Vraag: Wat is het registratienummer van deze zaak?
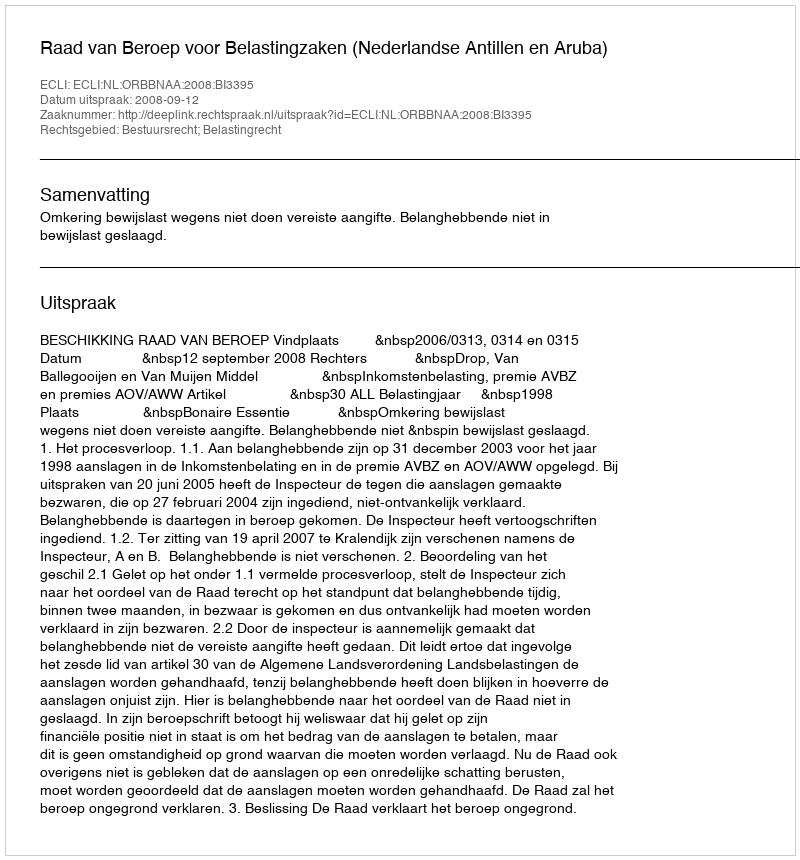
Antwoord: http://deeplink.rechtspraak.nl/uitspraak?id=ECLI:NL:ORBBNAA:2008:BI3395